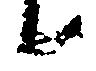
候